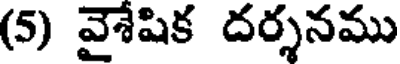
(5) వైశేషిక దర్శనము